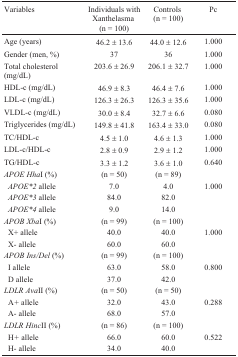
| Variables | Individuals with Xanthelasma(n = 100) | Controls(n = 100) | Pc |
 | --- | --- | --- | --- |
 | Age (years) | 46.2 ± 13.6 | 44.0 ± 12.6 | 1.000 |
 | Gender (men, %) | 37 | 36 | 1.000 |
 | Total cholesterol (mg/dL) | 203.6 ± 26.9 | 206.1 ± 32.7 | 1.000 |
 | HDL-c (mg/dL) | 46.9 ± 8.3 | 46.4 ± 7.6 | 1.000 |
 | LDL-c (mg/dL) | 126.3 ± 26.3 | 126.3 ± 35.6 | 1.000 |
 | VLDL-c (mg/dL) | 30.0 ± 8.4 | 32.7 ± 6.6 | 0.080 |
 | Triglycerides (mg/dL) | 149.8 ± 41.8 | 163.4 ± 33.0 | 0.080 |
 | TC/HDL-c | 4.5 ± 1.0 | 4.6 ± 1.3 | 1.000 |
 | LDL-c/HDL-c | 2.8 ± 0.9 | 2.9 ± 1.2 | 1.000 |
 | TG/HDL-c | 3.3 ± 1.2 | 3.6 ± 1.0 | 0.640 |
 | APOEHhaI (%) | (n = 50) | (n = 89) |  |
 | APOE*2 allele | 7.0 | 4.0 | 1.000 |
 | APOE*3 allele | 84.0 | 82.0 |  |
 | APOE*4 allele | 9.0 | 14.0 |  |
 | APOBXbaI (%) | (n = 99) | (n = 100) |  |
 | X+ allele | 40.0 | 40.0 | 1.000 |
 | X- allele | 60.0 | 60.0 |  |
 | APOBIns/Del (%) | (n = 99) | (n = 100) |  |
 | I allele | 63.0 | 58.0 | 0.800 |
 | D allele | 37.0 | 42.0 |  |
 | LDLRAvaII (%) | (n = 50) | (n = 50) |  |
 | A+ allele | 32.0 | 43.0 | 0.288 |
 | A- allele | 68.0 | 57.0 |  |
 | LDLR HincII (%) | (n = 86) | (n = 100) |  |
 | H+ allele | 66.0 | 60.0 | 0.522 |
 | H- allele | 34.0 | 40.0 |  |